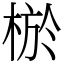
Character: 棜